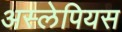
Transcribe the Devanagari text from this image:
अस्लेपियस